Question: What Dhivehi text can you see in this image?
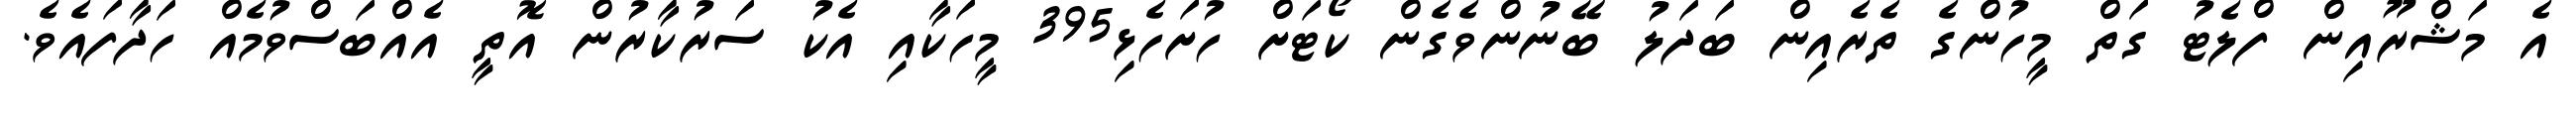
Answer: އެ މަޝްރޫއިން ފްލެޓު ގަތް މީހުންގެ ތެރެއިން ބަދަލު ބޭނުންވެގެން ކޯޓަށް ހުށަހެޅި395 މީހަކާއި އެކު ސަރުކާރުން އޮތީ އެއްބަސްވުމެއް ހަދާފައެވެ.